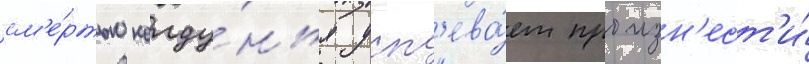
см'е́ртью колду́нья усп'ева́ет произн'ест'и́